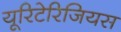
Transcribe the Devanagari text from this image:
यूरिटेरिजियस